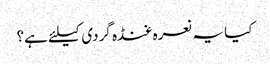
کیا یہ نعرہ غنڈہ گردی کیلئے ہے؟